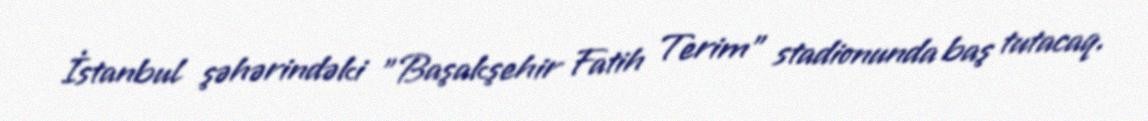
İstanbul şəhərindəki "Başakşehir Fatih Terim" stadionunda baş tutacaq.